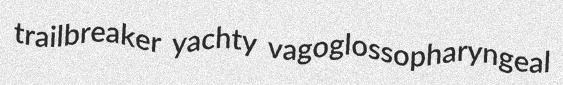
trailbreaker yachty vagoglossopharyngeal